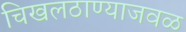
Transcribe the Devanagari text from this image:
चिखलठाण्याजवळ